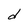
Character: d